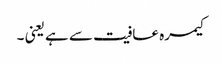
کیمرہ عافیت سے ہے یعنی ۔